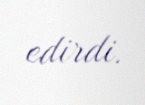
edirdi.